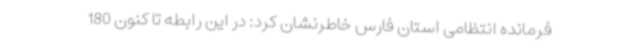
فرمانده انتظامی استان فارس خاطرنشان کرد: در این رابطه تا کنون 180